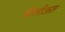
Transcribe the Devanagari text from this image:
फिलीअस